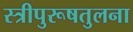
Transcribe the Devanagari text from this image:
स्त्रीपुरूषतुलना